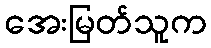
အေးမြတ်သူက